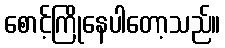
စောင့်ကြိုနေပါတော့သည်။